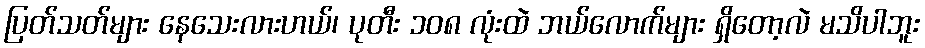
ပြတ်သတ်များ နေသေးလားဟယ်၊ ပုတီး ၁၀၈ လုံးထဲ ဘယ်လောက်များ ရှိတော့လဲ မသိပါဘူး